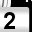
Digit: 2